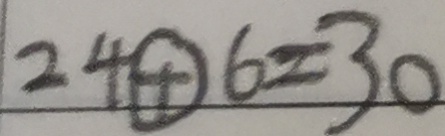
2 4 \textcircled { + } 6 = 3 0